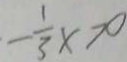
- \frac { 1 } { 3 } x > 0